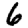
Digit: 6